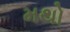
મથો